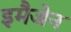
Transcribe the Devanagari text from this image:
इमैजेन